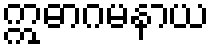
ဣဓာဂမနာယ